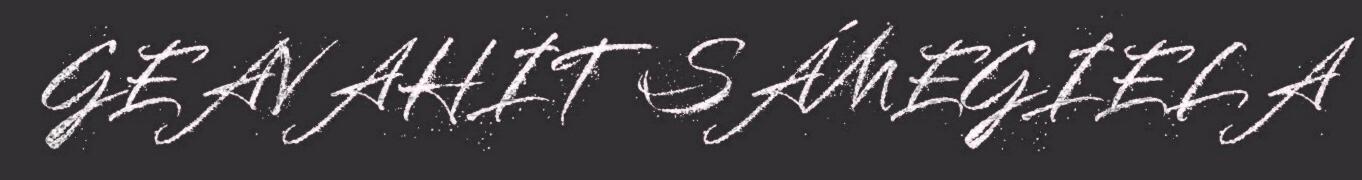
GEAVAHIT SÁMEGIELA